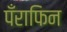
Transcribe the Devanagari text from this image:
पँराफिन